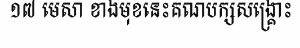
១៧ មេសា ខាងមុខនេះគណបក្សសង្គ្រោះ